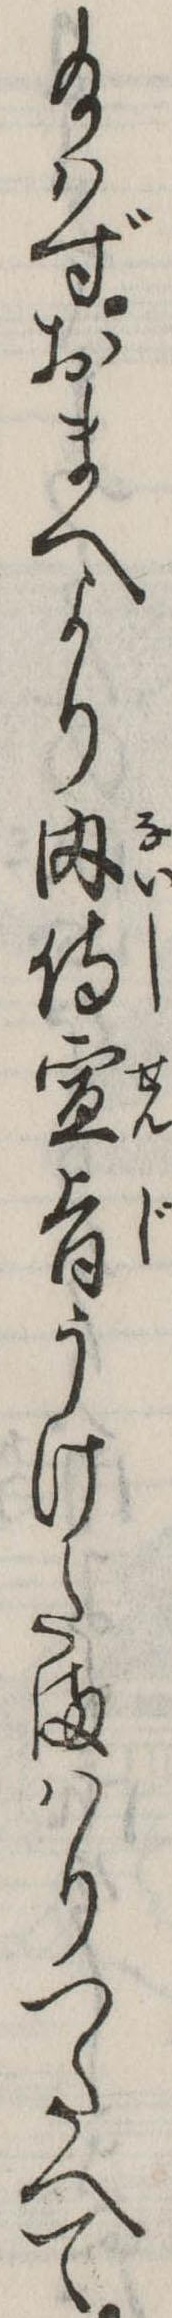
給はずおまへより内侍宣旨うけたまはりつたへて